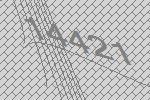
14421